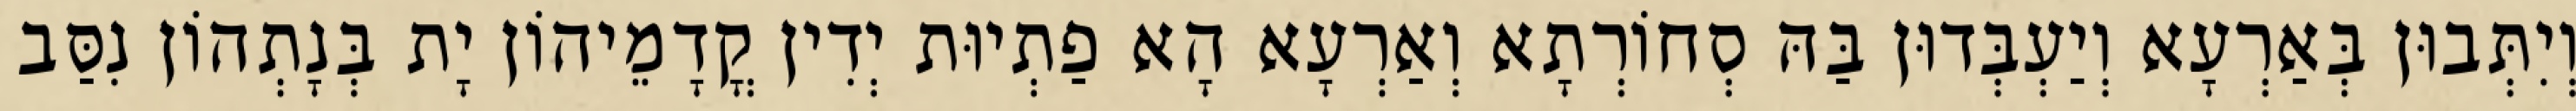
וְיִתְּבוּן בְּאַרְעָא וְיַעְבְּדוּן בַּהּ סְחוֹרְתָא וְאַרְעָא הָא פַתְיוּת יְדִין קֳדָמֵיהוֹן יָת בְּנָתְהוֹן נִסַּב